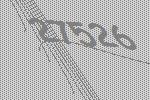
27526